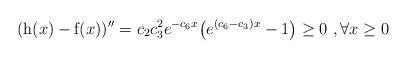
LaTeX: \begin{align*}(\mathrm{h}(x)- \mathrm{f}(x))''= c_2c_3^2e^{-c_6x}\big(e^{(c_6- c_3)x}- 1\big)\geq 0 \ , \forall x\geq 0 \end{align*}